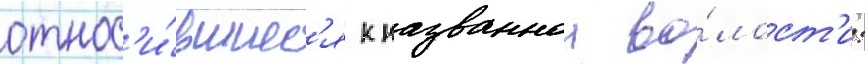
относ'и́вшиес'я к названнои во́лост'и: